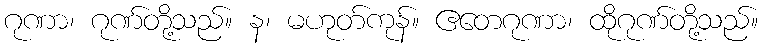
ဂုဏာ၊ ဂုဏ်တို့သည်။ န၊ မဟုတ်ကုန်။ ဧတေဂုဏာ၊ ထိုဂုဏ်တို့သည်။